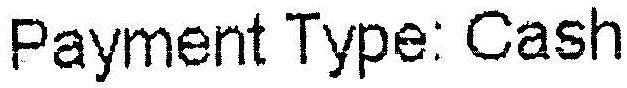
PAYMENT TYPE: CASH